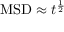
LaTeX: \mathrm { M S D } \approx t ^ { \frac { 1 } { 2 } }